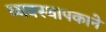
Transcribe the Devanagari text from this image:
व्यवस्थापकाने